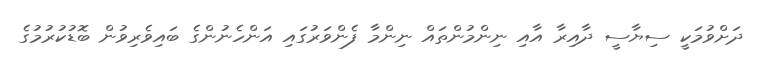
ދަށްވުމަކީ ސިޔާސީ ދާއިރާ އާއި ނިންމުންތައް ނިންމާ ފެންވަރުގައި އަންހެނުންގެ ބައިވެރިވުން ބޮޑުކުރުމުގެ